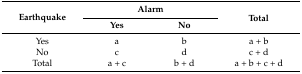
<table><thead><tr><td rowspan="2"><b>Earthquake</b></td><td colspan="2"><b>Alarm</b></td><td rowspan="2"><b>Total</b></td></tr><tr><td><b>Yes</b></td><td><b>No</b></td></tr></thead><tbody><tr><td>Yes</td><td>a</td><td>b</td><td>a + b</td></tr><tr><td>No</td><td>c</td><td>d</td><td>c + d</td></tr><tr><td>Total</td><td>a + c</td><td>b + d</td><td>a + b + c + d</td></tr></tbody></table>